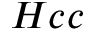
H c c